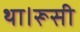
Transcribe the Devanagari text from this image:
था।रूसी